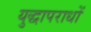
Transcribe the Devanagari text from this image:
युद्धापराधों